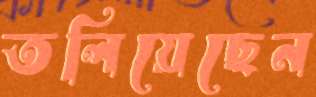
তলিয়েছেন